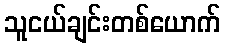
သူငယ်ချင်းတစ်ယောက်